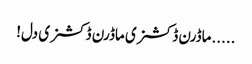
.....ماڈرن ڈکشنری ماڈرن ڈکشنری دل!